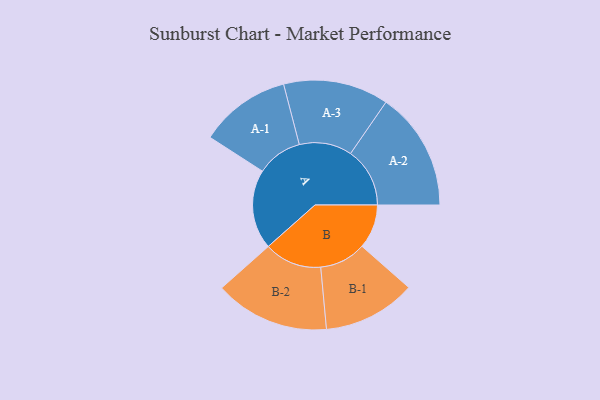
{"axis": {"x": "Segment", "y": "Value"}, "legend": ["", "A", "B"], "data": [{"x": "A", "y": 396, "type": ""}, {"x": "B", "y": 220, "type": ""}, {"x": "A-1", "y": 227, "type": "A"}, {"x": "A-2", "y": 295, "type": "A"}, {"x": "A-3", "y": 262, "type": "A"}, {"x": "B-1", "y": 231, "type": "B"}, {"x": "B-2", "y": 286, "type": "B"}]}